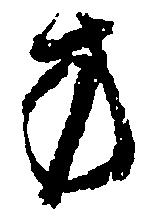
方